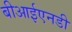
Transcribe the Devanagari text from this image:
बीआईएनडी